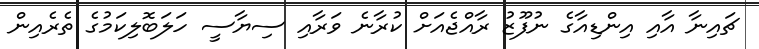
ޗައިނާ އާއި އިންޑިއާގެ ނުފޫޒު ރާއްޖެއަށް ކުރާނެ ވަރާއި ސިޔާސީ ހަލަބޮލިކަމުގެ ތެރެއިން